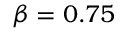
\beta = 0 . 7 5